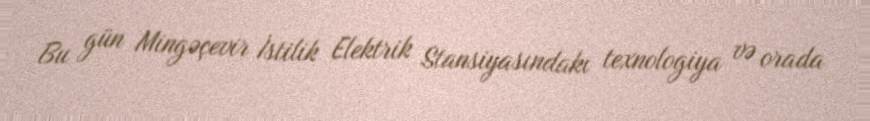
Bu gün Mingəçevir İstilik Elektrik Stansiyasındakı texnologiya və orada